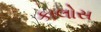
કાલોસ